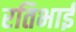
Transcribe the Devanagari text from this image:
रतिभाई